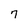
Character: 7